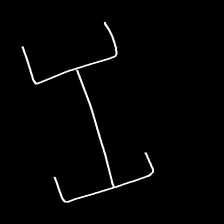
Glyph: entwine